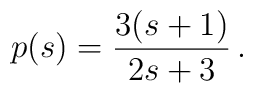
p(s) = \frac{3(s + 1)}{2s + 3} \,.